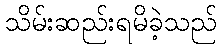
သိမ်းဆည်းရမိခဲ့သည်